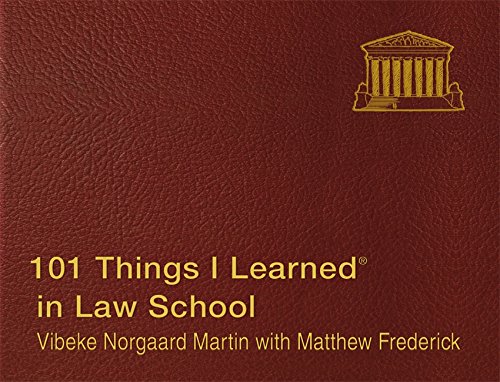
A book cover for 101 Things I Learned in Law School; Vibeke Norgaard Martin; Law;